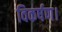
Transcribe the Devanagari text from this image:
विकर्षण।